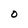
Character: 0